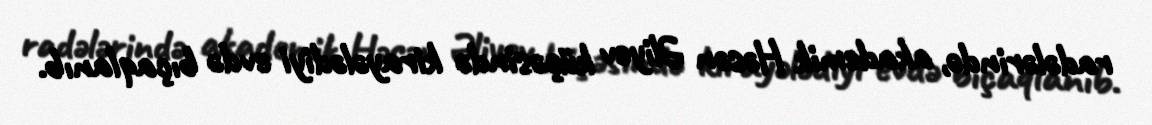
radələrində, akademik Həsən Əliyev küçəsində kirayələdiyi evdə bıçaqlanıb.